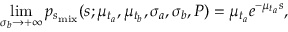
\operatorname* { l i m } _ { \sigma _ { b } \rightarrow + \infty } p _ { s _ { \mathrm { m i x } } } ( s ; \mu _ { t _ { a } } , \mu _ { t _ { b } } , \sigma _ { a } , \sigma _ { b } , P ) = \mu _ { t _ { a } } e ^ { - \mu _ { t _ { a } } s } ,